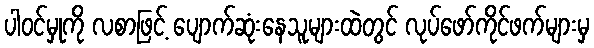
ပါဝင်မှုကို လစာဖြင့် ပျောက်ဆုံးနေသူများထဲတွင် လုပ်ဖော်ကိုင်ဖက်များမှ